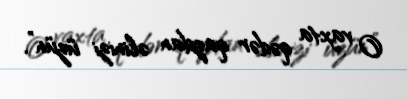
O vaxta qədər qazdan əlinizi üzün”.